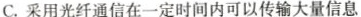
C.采用光纤通信在一定时间内可以传输大量信息